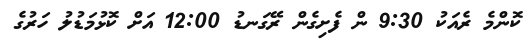
ކޮންމެ ރެއަކު 9:30 ން ފެށިގެން ރޭގަނޑު 12:00 އަށް ކޮޅުމަޑުލު ހަރުގެ